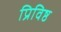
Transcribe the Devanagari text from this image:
प्रिविष्ठ